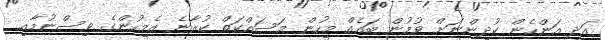
އަދި އަންހެން ކުދިންނަށް ވުމުން ބައެއް މީހުން މަސައްކަތް ކުރާނެ އެމީހުންގެ ވިސްނުމާއި